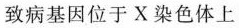
致病基因位于X染色体上